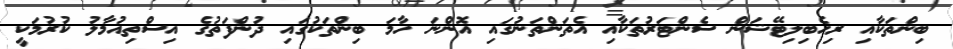
ބިންތަކާއި ރިހެބިލިޓޭޝަން ސެންޓަރުތަކާއި އެތަންތަނުގައި އޮންނަ ހާމަ ބިންތަކުގައި ދުންފަތުގެ އިސްތިއުމާލު ކުރުމަކީ